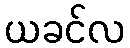
ယခင်လ